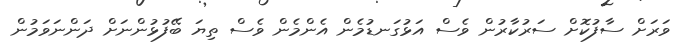
ވަރަށް ސާފުކޮށް ސަރުކާރުން ވެސް އަޅުގަނޑުމެން އެންމެން ވެސް ތިޔަ ބޭފުޅުންނަށް ދަންނަވަމުން